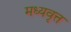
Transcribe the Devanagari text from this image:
मध्यवृत्त